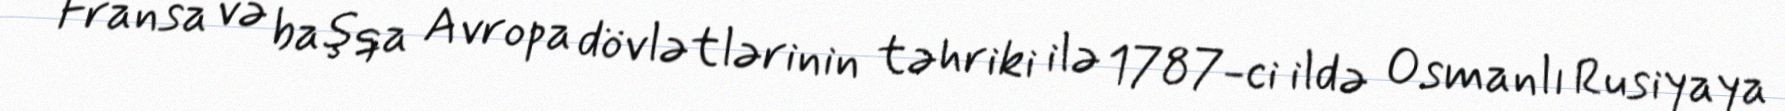
Fransa və başqa Avropa dövlətlərinin təhriki ilə 1787-ci ildə Osmanlı Rusiyaya